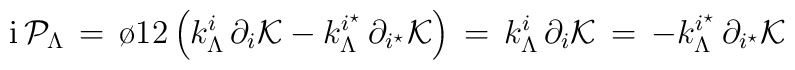
{\rm i} \, {\cal P}_\Lambda \, =  \,{\o{1}{2}}\left ( k^{i}_\Lambda \, \partial_i {\cal K} -k^{i^\star}_\Lambda \, \partial_{i^\star} {\cal K}\right )\, = \, k^{i}_\Lambda \, \partial_i {\cal K}\, = \, - k^{i^\star}_\Lambda \, \partial_{i^\star} {\cal K}